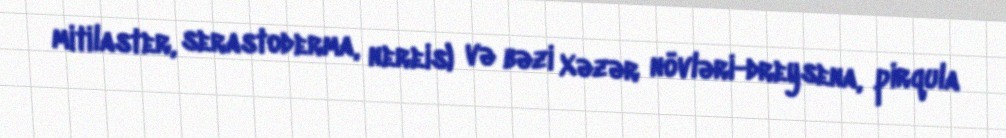
mitilaster, serastoderma, nereis) və bəzi Xəzər növləri-dreysena, pirqula